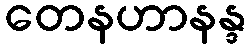
တေနဟာနန္ဒ